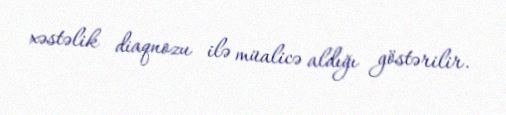
xəstəlik diaqnozu ilə müalicə aldığı göstərilir.